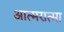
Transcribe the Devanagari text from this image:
आत्मरात्मा